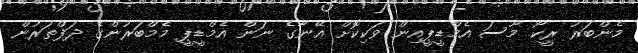
މެންބަރު ރީކޯ މޫސަ އެމްޑީޕީއިން ވަކިކޮށް އޭނާގެ ނަން އެމްޑީޕީ މެމްބަރުންގެ ދަފްތަރުން